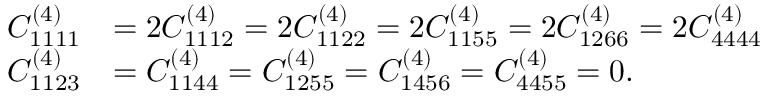
\begin{array} { r l } { C _ { 1 1 1 1 } ^ { ( 4 ) } } & { = 2 C _ { 1 1 1 2 } ^ { ( 4 ) } = 2 C _ { 1 1 2 2 } ^ { ( 4 ) } = 2 C _ { 1 1 5 5 } ^ { ( 4 ) } = 2 C _ { 1 2 6 6 } ^ { ( 4 ) } = 2 C _ { 4 4 4 4 } ^ { ( 4 ) } } \\ { C _ { 1 1 2 3 } ^ { ( 4 ) } } & { = C _ { 1 1 4 4 } ^ { ( 4 ) } = C _ { 1 2 5 5 } ^ { ( 4 ) } = C _ { 1 4 5 6 } ^ { ( 4 ) } = C _ { 4 4 5 5 } ^ { ( 4 ) } = 0 . } \end{array}